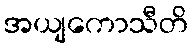
အယျကောသီတိ